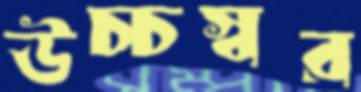
উচ্চস্বর